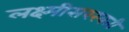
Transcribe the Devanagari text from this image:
लक्ष्मीसरस्वती